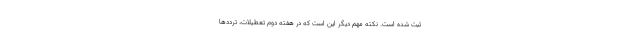
ثبت شده است. نکته مهم دیگر این است که در هفته دوم تعطیلات، ترددها